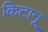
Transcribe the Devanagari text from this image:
किटानू